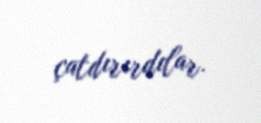
çatdırırdılar.